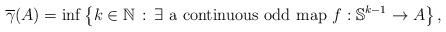
LaTeX: \begin{align*}\overline{\gamma}(A)=\inf\left\{k\in\mathbb{N}\, :\, \exists \mbox{ a continuous odd map } f:\mathbb{S}^{k-1}\to A \right\},\end{align*}